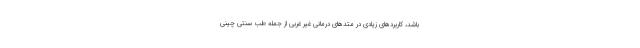
باشد، کاربردهای زیادی در متدهای درمانی غیر غربی از جمله طب سنتی چینی